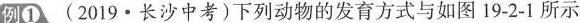
例① (2019·长沙中考)下列动物的发育方式与如图19-2-1所示